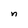
Character: n